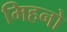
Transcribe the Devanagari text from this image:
मिहनो